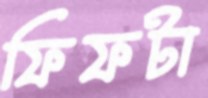
ফিফটা